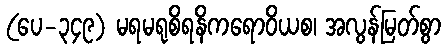
(ပေ-၃၄၉) မရမရုစိရနိကရောဝိယစ၊ အလွန်မြတ်စွာ